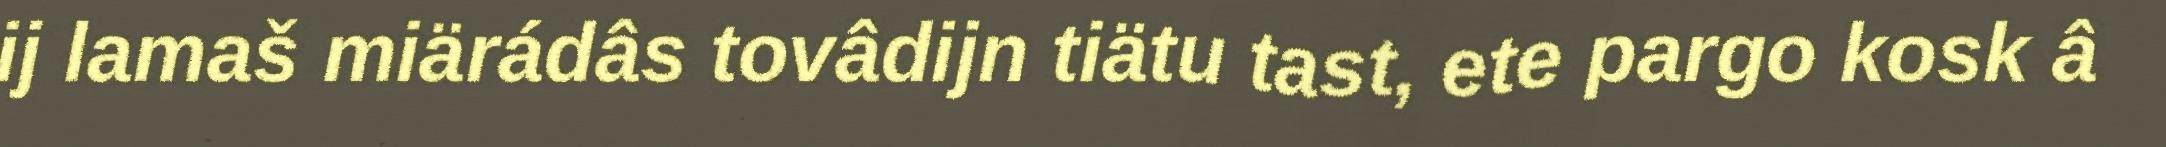
ij lamaš miärádâs tovâdijn tiätu tast, ete pargo kosk â